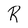
Character: R